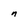
Character: n